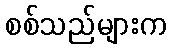
စစ်သည်များက